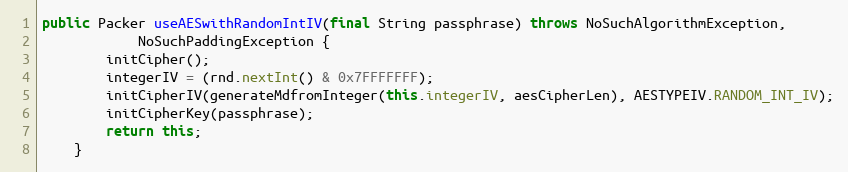
Language: Java
public Packer useAESwithRandomIntIV(final String passphrase) throws NoSuchAlgorithmException,
			NoSuchPaddingException {
		initCipher();
		integerIV = (rnd.nextInt() & 0x7FFFFFFF);
		initCipherIV(generateMdfromInteger(this.integerIV, aesCipherLen), AESTYPEIV.RANDOM_INT_IV);
		initCipherKey(passphrase);
		return this;
	}